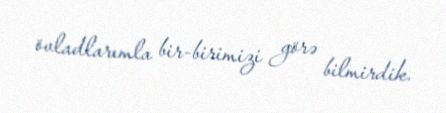
övladlarımla bir-birimizi görə bilmirdik.